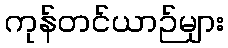
ကုန်တင်ယာဉ်များ